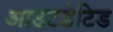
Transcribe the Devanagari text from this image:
आउटडेटिड